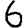
Digit: 6